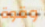
وقوة